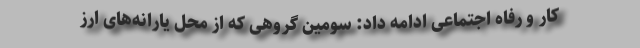
کار و رفاه اجتماعی ادامه داد: سومین گروهی که از محل یارانه‌های ارز